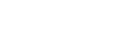
ဆွဲခေါ်သည်။